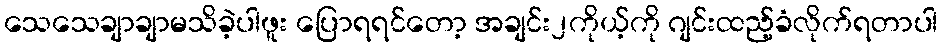
သေသေချာချာမသိခဲ့ပါဖူး ပြောရရင်တော့ အချင်း၂ကိုယ့်ကို ဂျင်းထည့်ခံလိုက်ရတာပါ